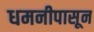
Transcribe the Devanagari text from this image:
धमनीपासून